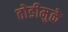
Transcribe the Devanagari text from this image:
तोडीमुळे